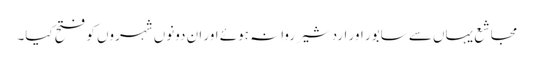
مجاشع یہاں سے سابور اور اردشیر روانہ ہوئے اور ان دونوں شہروں کو فتح کیا۔